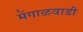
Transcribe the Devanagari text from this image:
मेंगाळवाडी